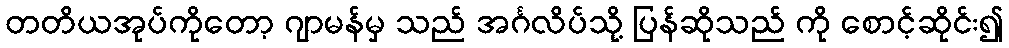
တတိယအုပ်ကိုတော့ ဂျာမန်မှ သည် အင်္ဂလိပ်သို့ ပြန်ဆိုသည် ကို စောင့်ဆိုင်း၍